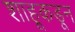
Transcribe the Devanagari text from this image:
शाहूकडून